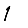
Digit: 1